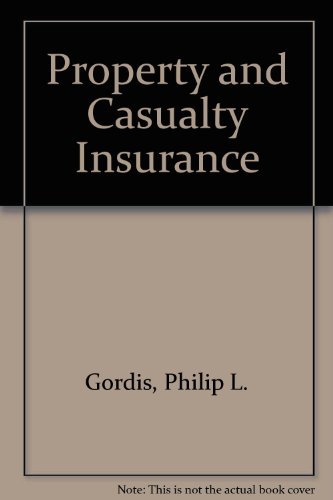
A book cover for Property and Casualty Insurance; Philip L. Gordis; Business & Money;